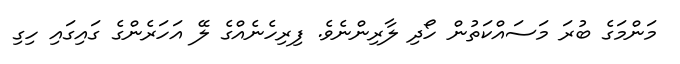
މަންމަގެ ބުރަ މަސައްކަތުން ހޯދި ލާރިންނެވެ. ފިރިހެނެއްގެ ލޭ އަހަރެންގެ ގައިގައި ހިގި